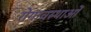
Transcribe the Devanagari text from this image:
रोगावस्थाओं